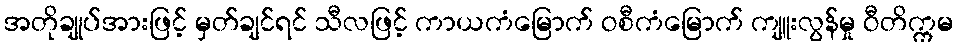
အတိုချုပ်အားဖြင့် မှတ်ချင်ရင် သီလဖြင့် ကာယကံမြောက် ဝစီကံမြောက် ကျူးလွန်မှု ဝီတိက္ကမ